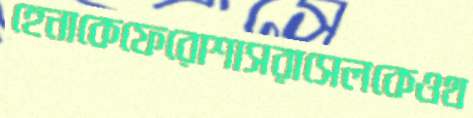
হেনাকেফেরোশাসরাসেলকেওথ